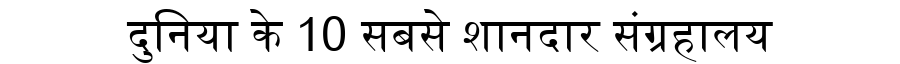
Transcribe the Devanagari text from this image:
दुनिया के 10 सबसे शानदार संग्रहालय